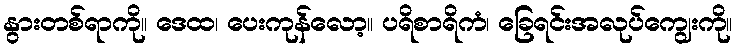
နွားတစ်ရာကို။ ဒေထ၊ ပေးကုန်လော့။ ပရိစာရိကံ၊ ခြေရင်းအလုပ်ကျွေးကို။